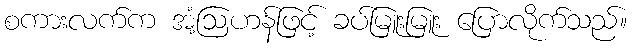
စကားလက်က အံ့ဩဟန်ဖြင့် ခပ်မြူးမြူး ပြောလိုက်သည်။